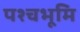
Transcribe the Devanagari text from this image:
पश्चभूमि